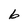
Character: 6